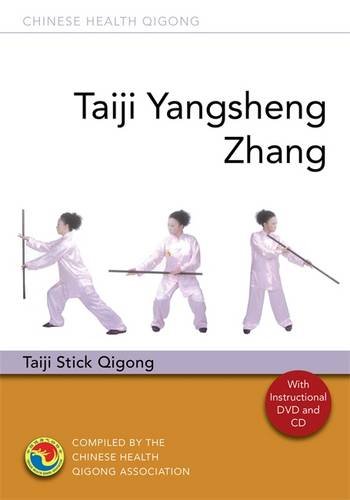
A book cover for Taiji Yangsheng Zhang: Taiji Stick Qigong (Chinese Health Qigong); Chinese Health Qigong Association; Health, Fitness & Dieting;